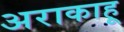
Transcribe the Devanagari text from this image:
अराकाहू